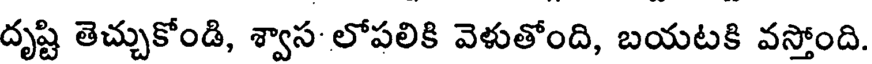
దృష్టి తెచ్చుకోండి, శ్వాస- లోపలికి వెళుతోంది, బయటకి వస్తోంది.